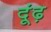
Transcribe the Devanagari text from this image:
दूंढ़